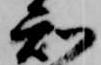
知